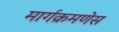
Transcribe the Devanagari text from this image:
मार्गक्रमणेस